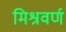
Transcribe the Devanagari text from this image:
मिश्रवर्ण